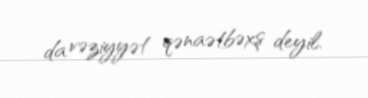
da vəziyyət qənaətbəxş deyil.